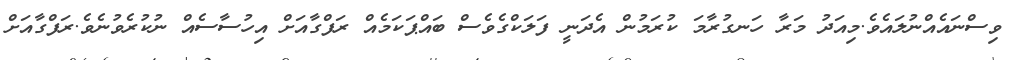
ވިސްނައެއްނުލައެވެ.މިއަދު މަރާ ހަނގުރާމަ ކުރަމުން އެދަނީ ފަލަކްގެވެސް ބައްޕަކަމެއް ރަފްގާއަށް އިހުސާސެއް ނުކުރެވުނެވެ.ރަފްގާއަށް